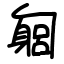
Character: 匔